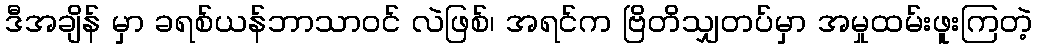
ဒီအချိန် မှာ ခရစ်ယန်ဘာသာဝင် လဲဖြစ်၊ အရင်က ဗြိတိသျှတပ်မှာ အမှုထမ်းဖူးကြတဲ့